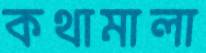
কথামালা